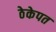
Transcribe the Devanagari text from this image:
ठेकेपत